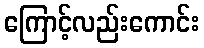
ကြောင့်လည်းကောင်း